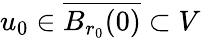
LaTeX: u_{0}\in\overline{{B_{r_{0}}(0)}}\subset V